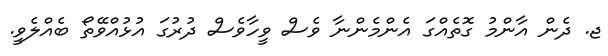
ޖ. ދެން އާންމު ގޮތެއްގަ އެންމެންނާ ވެސް ވީހާވެސް ދުރުގަ އުޅުއްވޭތޯ ބެއްލެވީ.